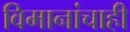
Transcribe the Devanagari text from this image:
विमानांचाही